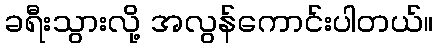
ခရီးသွားလို့ အလွန်ကောင်းပါတယ်။